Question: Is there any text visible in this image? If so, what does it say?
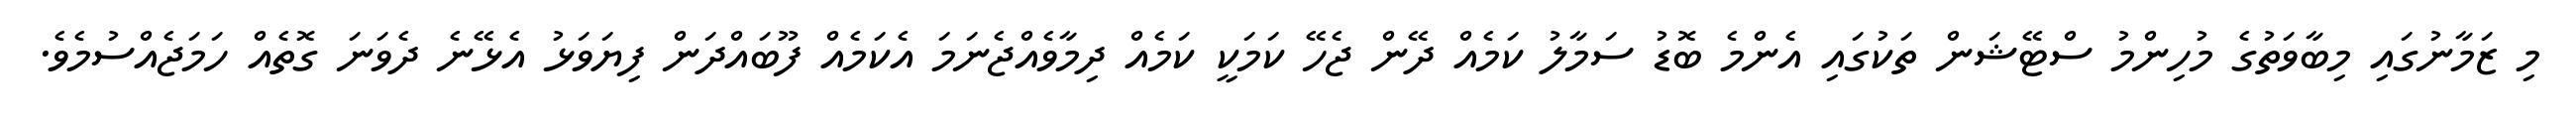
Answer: މި ޒަމާނުގައި މިބާވަތުގެ މުހިންމު ސްޓޭޝަން ތަކުގައި އެންމެ ބޮޑު ސަމާލު ކަމެއް ދޭން ޖެހޭ ކަމަކީ ކަމެއް ދިމާވެއްޖެނަމަ އެކަމެއް ފޫބައްދަން ފިޔަވަޅު އެޅޭނެ ދެވަނަ ގޮތެއް ހަމަޖެއްސުމެވެ.